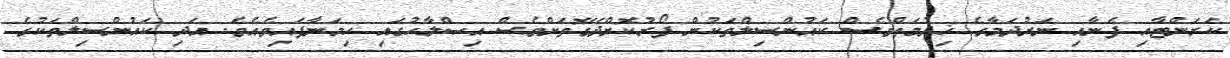
ކަރަންޓާއި ފެނާއި ނަރުދަމާގެ ޚިދުމަތްވެސް ކައުންސިލްތަކުން ފޯރުކޮށްދޭގޮތަށްވެސް އިޞްލާޙުގައި ހިމަނާފައިވެއެވެ. އަދި ކައުންސިލްތަކުގެ